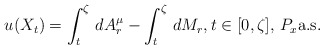
\begin{align*}u(X_t)=\int_t^\zeta\,dA^\mu_r-\int_t^\zeta\,dM_r,t\in [0,\zeta],\, P_x\mbox{a.s.}\end{align*}